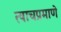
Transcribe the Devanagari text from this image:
त्‍याचप्रमाणे